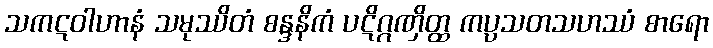
သကဋဝါဟာနံ သမုဿိတံ စန္ဒနိကံ ပဋိဂ္ဂဏှိတ္ထ ကပ္ပသတသဟဿံ စာရော